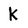
Character: k